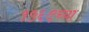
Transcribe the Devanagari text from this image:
१५६९च्या